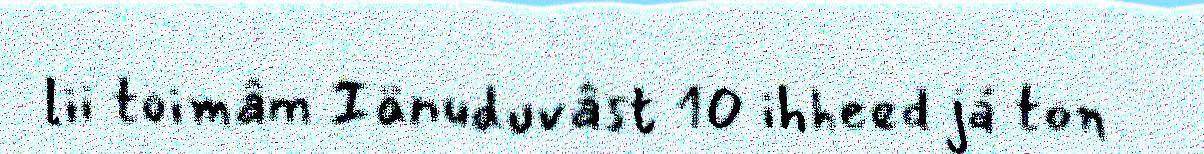
lii toimâm Iänuduvâst 10 ihheed já ton